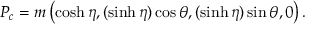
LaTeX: P _ { c } = m \left( \cosh \eta , ( \sinh \eta ) \cos \theta , ( \sinh \eta ) \sin \theta , 0 \right) .